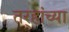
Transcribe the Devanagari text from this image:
तर्‍हांच्या